Indian Medical Review
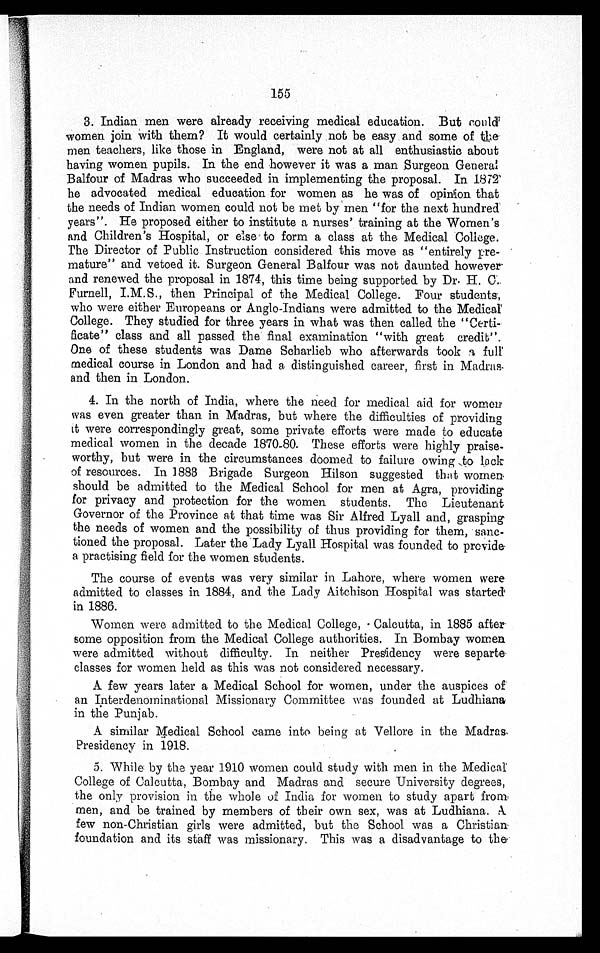
155
3. Indian men were already receiving medical education. But could
women join with them? It would certainly not be easy and some of t
h e m e n t e a c h e r s , l i k e t h o s e i n E n g l a n d , w e r e n o t a t a l l e n t h u s i a s t i c a b o u t
having women pupils. In the end however it was a man Surgeon General
Balfour of Madras who succeeded in implementing the proposal. In 1872
he advocated medical education for women as he was of opinion that
the needs of Indian women could not be met by men "for the next hundred
years". He proposed either to institute a nurses' training at the Women's
and Children's Hospital, or else to form a class at the Medical College.
The Director of Public Instruction considered this move as "entirely pre
¬mature" and vetoed it. Surgeon General Balfour was not daunted however
and renewed the proposal in 1874, this time being supported by Dr. H. C.
Furnell, I.M.S., then Principal of the Medical College. Four students,
who were either Europeans or Anglo-Indians were admitted to the Medical
College. They studied for three years in what was then called the "Certi-
ficate" class and all passed the final examination "with great credit".
One of these students was Dame Scharlieb who afterwards took a
full medical course in London and had a distinguished career, first in Madras
and then in London.
4. In the north of India, where the need for medical aid for women
was even greater than in Madras, but where the difficulties of providing
it were correspondingly great, some private efforts were made to educate
medical women in the decade 1870–80. These efforts were highly praise-
worthy, but were in the circumstances doomed to failure owing to lack
of resources. In 1883 Brigade Surgeon Hilson suggested that women
should be admitted to the Medical School for men at Agra, providing
for privacy and protection for the women students. The Lieutenant
Governor of the Province at that time was Sir Alfred Lyall and, grasping
the needs of women and the possibility of thus providing for them, sanc-
tioned the proposal. Later the.Lady Lyall Hospital was founded to provide
a practising field for the women students.
The course of events was very similar in Lahore, where women were
admitted to classes in 1884, and the Lady Aitchison Hospital was started
in 1886.
Women were admitted to the Medical College, Calcutta, in 1885 after
some opposition from the Medical College authorities. In Bombay women
were admitted without difficulty. In neither Presidency were separte
classes for women held as this was not considered necessary.
A few years later a Medical School for women, under the auspices of
an Interdenominational Missionary Committee was founded at Ludhiana
in the Punjab.
A similar Medical School came into being at Vellore in the Madras
Presidency in 1918.
5. While by the year 1910 women could study with men in the Medical
College of Calcutta, Bombay and Madras and secure University degrees,
the only provision in the whole of India for women to study apart from
men, and be trained by members of their own sex, was at Ludhiana. A
few non-Christian girls were admitted, but the School was a Christian
foundation and its staff was missionary. This was a disadvantage to the